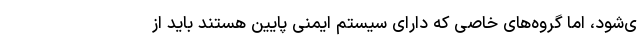
ی‌شود، اما گروه‌های خاصی که دارای سیستم ایمنی پایین هستند باید از